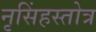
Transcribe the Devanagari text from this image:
नृसिंहस्तोत्र